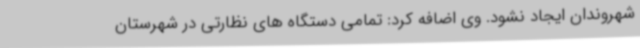
شهروندان ایجاد نشود. وی اضافه کرد: تمامی دستگاه های نظارتی در شهرستان